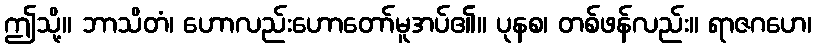
ဤသို့။ ဘာသိတံ၊ ဟောလည်းဟောတော်မူအပ်၏။ ပုနစ၊ တစ်ဖန်လည်း။ ရာဇဂဟေ၊